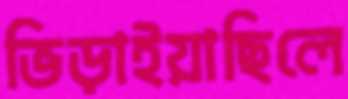
ভিড়াইয়াছিলে